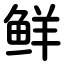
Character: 鲜